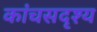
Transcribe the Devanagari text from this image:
कांचसदृश्य